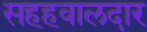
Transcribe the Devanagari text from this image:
सहहवालदार